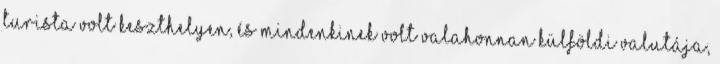
turista volt Keszthelyen, és mindenkinek volt valahonnan külföldi valutája,